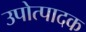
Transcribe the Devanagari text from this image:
उपोत्पादक